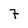
Character: 7